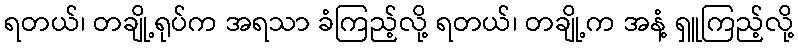
ရတယ်၊ တချို့ရုပ်က အရသာ ခံကြည့်လို့ ရတယ်၊ တချို့က အနံ့ ရှူကြည့်လို့